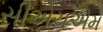
સીએચએમ